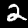
Digit: 2